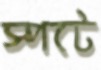
স্পটে